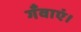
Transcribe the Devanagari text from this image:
गँवाएं।